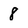
Character: 8